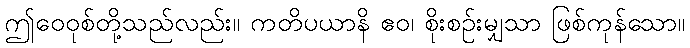
ဤဝေဝုစ်တို့သည်လည်း။ ကတိပယာနိ ဧဝ၊ စိုးစဉ်းမျှသာ ဖြစ်ကုန်သော။